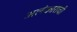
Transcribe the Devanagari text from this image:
अलंकाराची